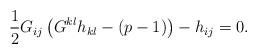
LaTeX: \begin{align*}\frac{1}{2}G_{ij}\left(G^{kl}h_{kl}-(p-1)\right)-h_{ij}=0.\end{align*}